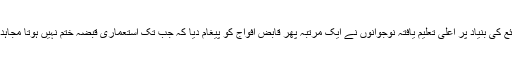
نامساعد حالات کے باوجود اپنے ذرائع کی بنیاد پر اعلیٰ تعلیم یافتہ نوجوانوں نے ایک مرتبہ پھر قابض افواج کو پیغام دیا کہ جب تک استعماری قبضہ ختم نہیں ہوتا مجاہدین اپنی جدوجہد ترک نہیںکر سکتے۔